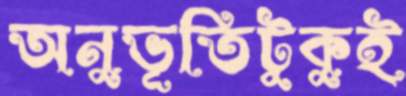
অনুভূতিটুকুই